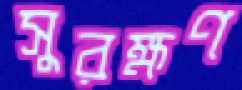
সুরক্ষণ